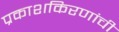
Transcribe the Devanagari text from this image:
प्रकाशकिरणांची